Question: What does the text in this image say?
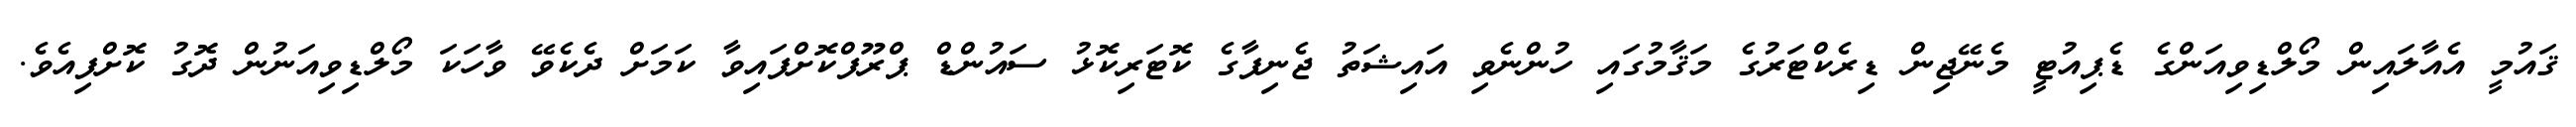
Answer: ޤައުމީ އެއާލައިން މޯލްޑިވިއަންގެ ޑެޕިއުޓީ މެނޭޖިން ޑިރެކްޓަރުގެ މަޤާމުގައި ހުންނެވި އައިޝަތު ޖެނިފާގެ ކޮޓަރިކޮޅު ސައުންޑް ޕްރޫފްކޮށްފައިވާ ކަމަށް ދެކެވޭ ވާހަކަ މޯލްޑިވިއަނުން ދޮގު ކޮށްފިއެވެ.